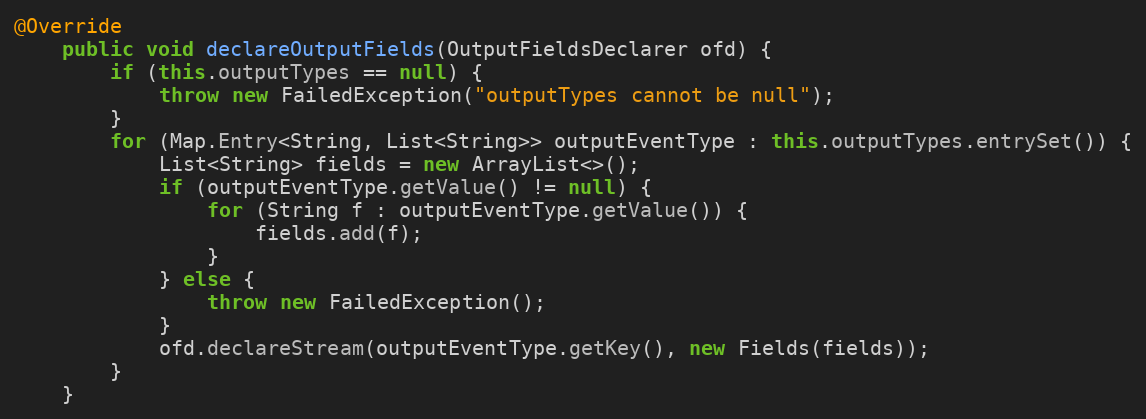
Language: Java
@Override
    public void declareOutputFields(OutputFieldsDeclarer ofd) {
        if (this.outputTypes == null) {
            throw new FailedException("outputTypes cannot be null");
        }
        for (Map.Entry<String, List<String>> outputEventType : this.outputTypes.entrySet()) {
            List<String> fields = new ArrayList<>();
            if (outputEventType.getValue() != null) {
                for (String f : outputEventType.getValue()) {
                    fields.add(f);
                }
            } else {
                throw new FailedException();
            }
            ofd.declareStream(outputEventType.getKey(), new Fields(fields));
        }
    }